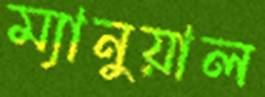
ম্যানুয়াল